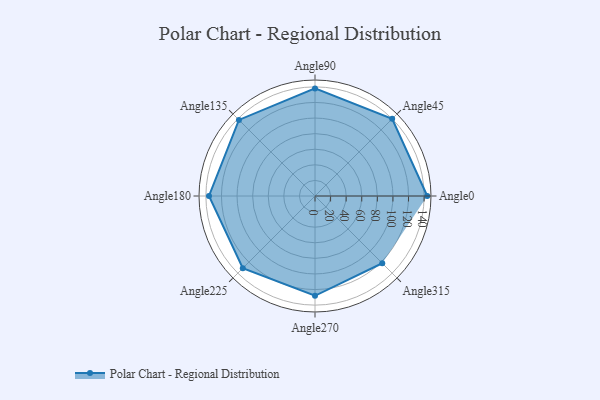
{"axis": {"x": "Angle", "y": "Radius"}, "legend": [""], "data": [{"x": "Angle0", "y": 144.0, "type": ""}, {"x": "Angle45", "y": 140.0, "type": ""}, {"x": "Angle90", "y": 138.0, "type": ""}, {"x": "Angle135", "y": 138.0, "type": ""}, {"x": "Angle180", "y": 136.0, "type": ""}, {"x": "Angle225", "y": 131.0, "type": ""}, {"x": "Angle270", "y": 128.0, "type": ""}, {"x": "Angle315", "y": 122.0, "type": ""}]}